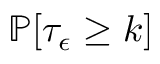
\mathbb { P } [ \tau _ { \epsilon } \ge k ]